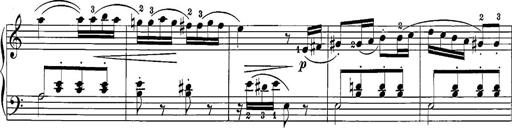
Title: 12 Sonatine per Pianoforte
Composer: Friedrich Kuhlau